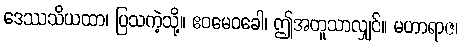
ဒေဿသိယထာ၊ ပြသကဲ့သို့။ ဧဝမေဝခေါ၊ ဤအတူသာလျှင်။ မဟာရာဇ၊